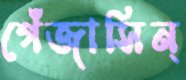
গেঁজাসিন্